Indian journal of veterinary science and animal husbandry - Volume 3,
Year: 1933
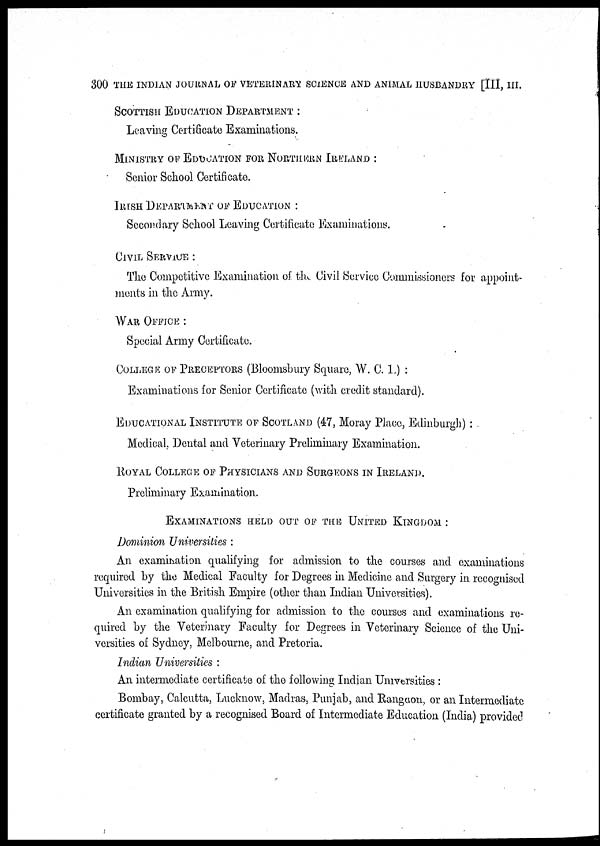
300 THE INDIAN JOURNAL OF VETERINARY SCIENCE AND ANIMAL HUSBANDRY [III, III.
SCOTTISH EDUCATION DEPARTMENT :
Leaving Certificate Examinations.
MINISTRY OF EDUCATION FOR NORTHERN IRELAND :
Senior School Certificate.
IRISH DEPARTMENT OF EDUCATION :
Secondary School Leaving Certificate Examinations.
CIVIL SERVICE :
The Competitive Examination of the Civil Service Commissioners for appoint-
ments in the Army.
WAR OFFICE :
Special Army Certificate.
COLLEGE OF PRECEPTORS (Bloomsbury Square, W. C. 1.) :
Examinations for Senior Certificate (with credit standard).
EDUCATIONAL INSTITUTE OF SCOTLAND (47, Moray Place, Edinburgh):
Medical, Dental and Veterinary Preliminary Examination.
ROYAL COLLEGE OF PHYSICIANS AND SURGEONS IN IRELAND.
Preliminary Examination.
EXAMINATIONS HELD OUT OF THE UNITED KINGDOM :
Dominion Universities :
An examination qualifying for admission to the courses and examinations
required by the Medical Faculty for Degrees in Medicine and Surgery in recognised
Universities in the British Empire (other than Indian Universities).
An examination qualifying for admission to the courses and examinations re-
quired by the Veterinary Faculty for Degrees in Veterinary Science of the Uni-
versities of Sydney, Melbourne, and Pretoria.
Indian Universities :
An intermediate certificate of the following Indian Universities :
Bombay, Calcutta, Lucknow, Madras, Punjab, and Rangoon, or an Intermediate
certificate granted by a recognised Board of Intermediate Education (India) provided